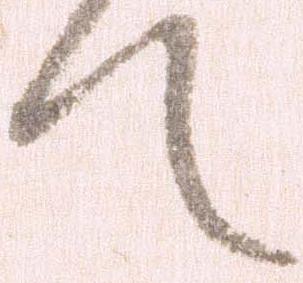
て